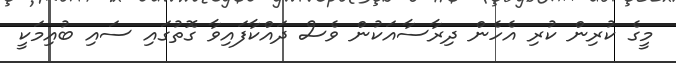
މީގެ ކުރިން ކުރި އެހެން ދިރާސާއަކުން ވެސް ދައްކާފައިވާ ގޮތުގައި ސައި ބުއިމަކީ